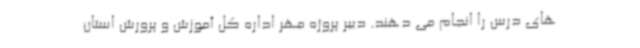
های درس را انجام می دهند. دبیر پروژه مهر اداره کل آموزش‌ و پرورش استان